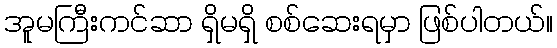
အူမကြီးကင်ဆာ ရှိမရှိ စစ်ဆေးရမှာ ဖြစ်ပါတယ်။